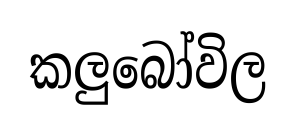
කලුබෝවිල